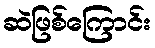
ဆဲဖြစ်ကြောင်း